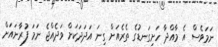
ނަމަވެސް އެ މާއްދާ ހަށިގަނޑުގެ ތެރެއަށް ގިނަ އަދަދަކަށް ވަދެއްޖެ ނަމަ ފުރާނައަށް